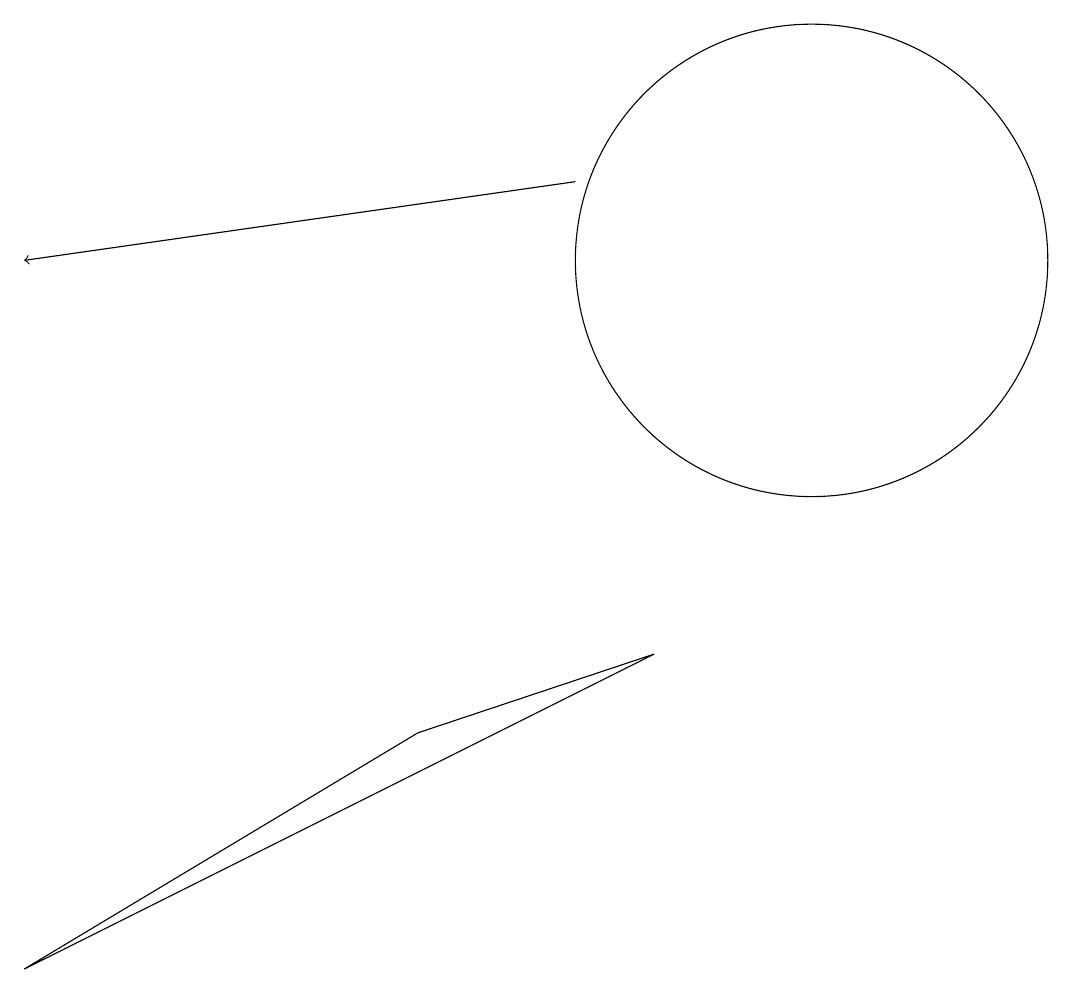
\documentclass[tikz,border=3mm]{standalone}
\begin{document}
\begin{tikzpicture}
\draw (1,1) -- (6,4) -- (9,5) -- cycle;
\draw[->] (8,11) -- (1,10);
\draw (11,10) circle (3);
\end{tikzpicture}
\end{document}